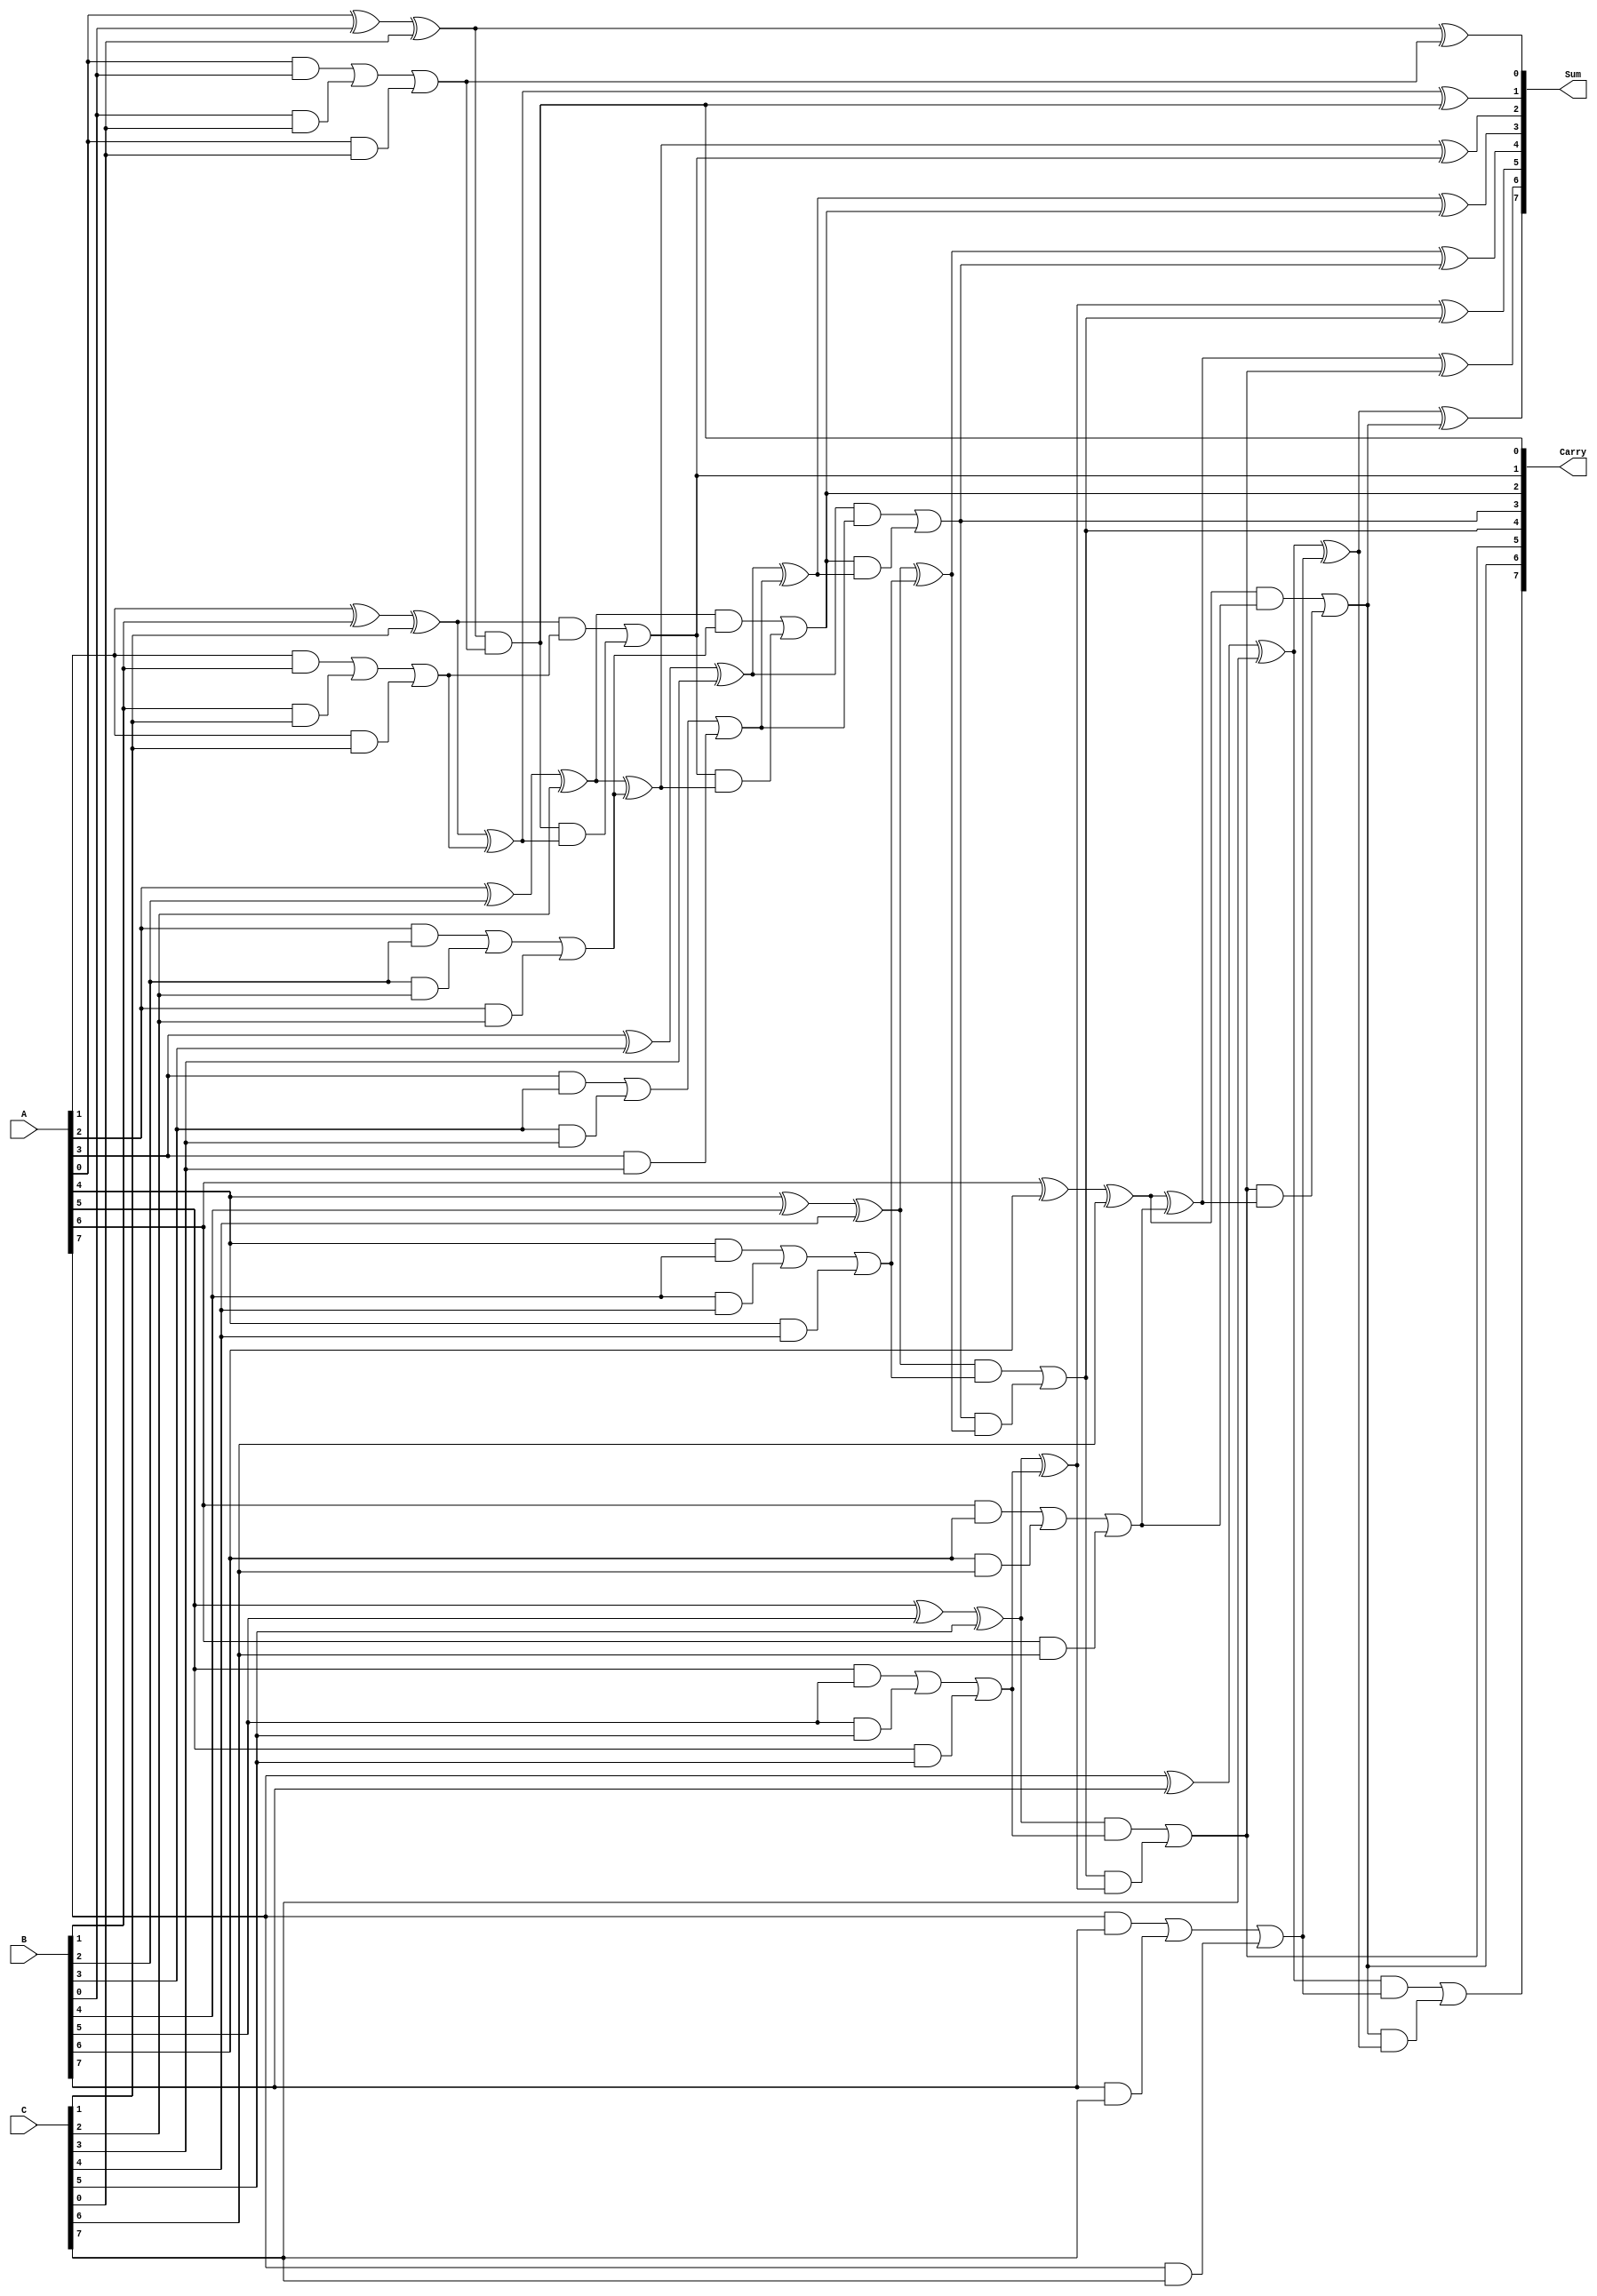
module carry_save_adder #(
    parameter N = 8 // Width of the operands
) (
    input  [N-1:0] A, // First operand
    input  [N-1:0] B, // Second operand
    input  [N-1:0] C, // Third operand
    output [N-1:0] Sum, // Final sum output
    output [N-1:0] Carry // Final carry output
);

    wire [N-1:0] S1, C1; // Intermediate sum and carry
    wire [N-1:0] S2, C2; // Intermediate sum and carry for reduction tree

    // First stage of CSA for three inputs
    genvar i;
    generate
        for (i = 0; i < N; i = i + 1) begin : CSA_stage1
            // Full adder logic for three inputs
            assign S1[i] = A[i] ^ B[i] ^ C[i]; // Partial Sum
            assign C1[i] = (A[i] & B[i]) | (B[i] & C[i]) | (A[i] & C[i]); // Carry
        end
    endgenerate

    // Second stage of the reduction tree: Combine S1 and C1
    generate
        for (i = 0; i < N; i = i + 1) begin : CSA_stage2
            // Full adder logic for sum and carry from stage 1
            if (i == 0) begin
                // For the least significant bit, we just use the carry directly
                assign S2[i] = S1[i] ^ C1[i]; // Sum from stage 1 and carry from stage 1
                assign C2[i] = S1[i] & C1[i]; // Carry out
            end else begin
                assign S2[i] = S1[i] ^ C1[i] ^ C2[i-1]; // Sum
                assign C2[i] = (S1[i] & C1[i]) | (C2[i-1] & (S1[i] ^ C1[i])); // Carry out
            end
        end
    endgenerate

    // Final output assignment
    assign Sum = S2; // Final sum output
    assign Carry = C2; // Final carry output

endmodule